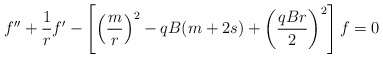
\begin{align*}f''+\frac{1}{r}f'-\left[\left(\frac{m}{r}\right)^{2}-qB(m+2s)+\left(\frac{qBr}{2}\right)^{2}\right]f=0\end{align*}